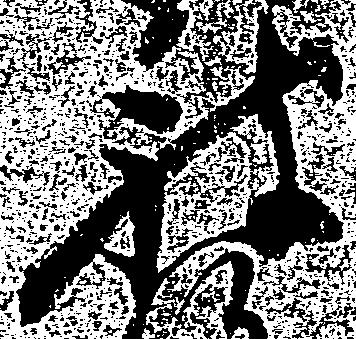
被